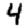
Digit: 4